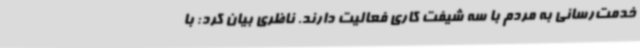
خدمت‌رسانی به مردم با سه شیفت کاری فعالیت دارند. ناظری بیان کرد: با